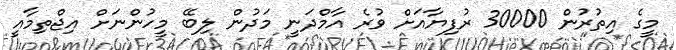
މީގެ އިތުރުން 30000 ރުފިޔާއަށް ވުރެ އާމްދަނީ މަދުން ލިބޭ މީހުންނަށް އިޖްތިމާއީ